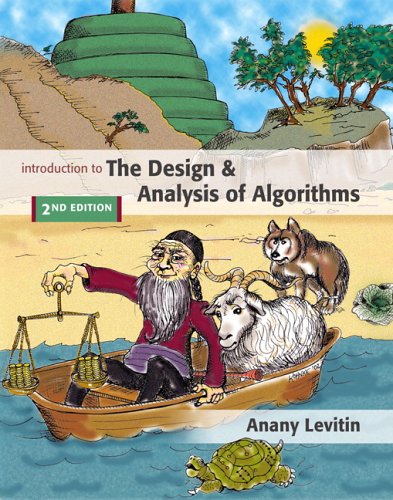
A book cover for Introduction to the Design and Analysis of Algorithms (2nd Edition); Anany Levitin; Computers & Technology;